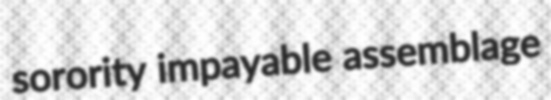
sorority impayable assemblage